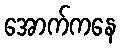
အောက်ကနေ